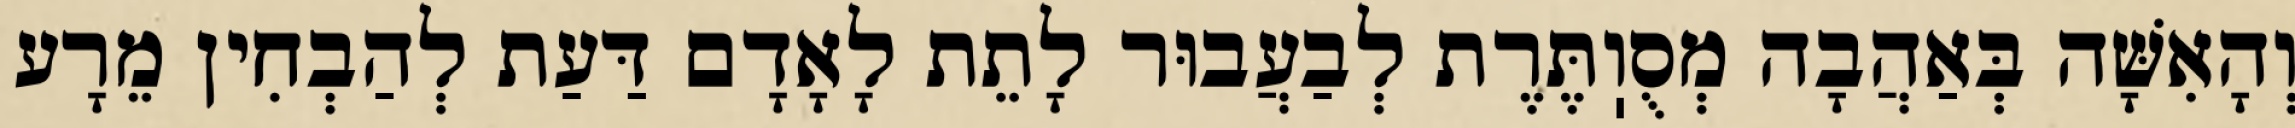
וְהָאִשָּׁה בְּאַהֲבָה מְסֻוֽתֶּרֶת לְבַעֲבוּר לָתֵת לָאָדָם דַּעַת לְהַבְחִין מֵרָע